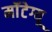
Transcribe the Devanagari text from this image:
मॉंटेग्यू